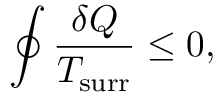
\oint { \frac { \delta Q } { T _ { \mathrm { s u r r } } } } \leq 0 ,